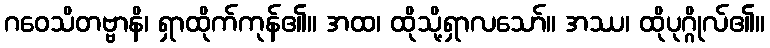
ဂဝေသိတဗ္ဗာနိ၊ ရှာထိုက်ကုန်၏။ အထ၊ ထိုသို့ရှာလသော်။ အဿ၊ ထိုပုဂ္ဂိုလ်၏။